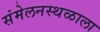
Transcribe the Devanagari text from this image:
संमेलनस्थळाला